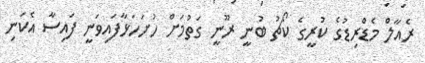
ރެއާލް މެޑްރިޑުގެ ކުރީގެ ކޯޗު ބުނީ ރޫނީ ގަތުމަށް ހުށަހަޅާފައިވަނީ ފައިސާ އެކަނި